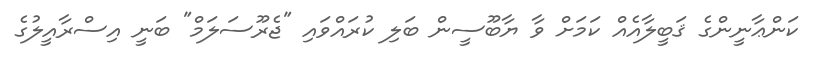
ކަންޢާނީންގެ ޤަބީލާއެއް ކަމަށް ވާ ޔާބޫސީން ބަލި ކުރައްވައި "ޖެރޫސަލަމް" ބަނީ އިސްރާއީލުގެ